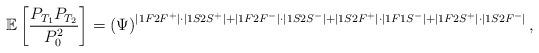
LaTeX: \begin{align*} \mathbb{E}\left[ \frac{P_{T_1} P_{T_2}}{P_0^2} \right] = \left( \Psi \right)^{ |1F2F^+| \cdot |1S2S^+| + |1F2F^-| \cdot |1S2S^-| + |1S2F^+|\cdot |1F1S^-| + |1F2S^+| \cdot |1S2F^-|} ,\end{align*}